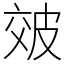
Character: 㿰